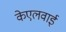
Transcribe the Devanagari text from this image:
केएलवाई